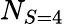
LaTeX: N_{S=4}